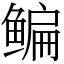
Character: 鳊